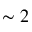
\sim 2